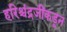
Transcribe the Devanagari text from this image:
हरिश्चंद्रजींकडून